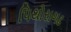
પિથોરાગઢ